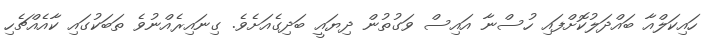
ހައިކަލްއާ ބައްދަލުކޮށްފައި ހުސްނާ އައިސް ވަގުތުން ދިޔައީ ބަދިގެއަށެވެ. ގިނައިރެއްނުވެ ތަބަކުގައި ކާއެއްޗެހި